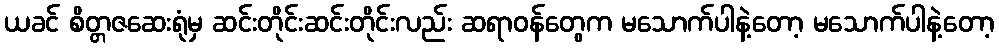
ယခင် စိတ္တဇဆေးရုံမှ ဆင်းတိုင်းဆင်းတိုင်းလည်း ဆရာဝန်တွေက မသောက်ပါနဲ့တော့ မသောက်ပါနဲ့တော့